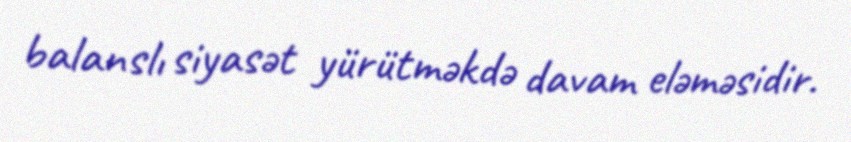
balanslı siyasət yürütməkdə davam eləməsidir.